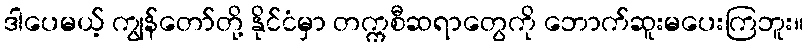
ဒါပေမယ့် ကျွန်တော်တို့ နိုင်ငံမှာ တက္ကစီဆရာတွေကို ဘောက်ဆူးမပေးကြဘူး။